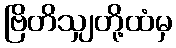
ဗြိတိသျှတို့ထံမှ